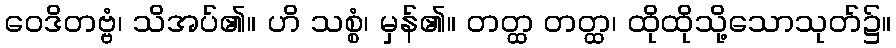
ဝေဒိတဗ္ဗံ၊ သိအပ်၏။ ဟိ သစ္စံ၊ မှန်၏။ တတ္ထ တတ္ထ၊ ထိုထိုသို့သောသုတ်၌။